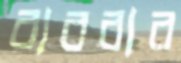
বাববার